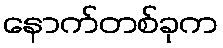
နောက်တစ်ခုက